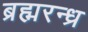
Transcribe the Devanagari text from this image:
ब्रह्मरन्ध्र